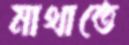
মাথাতে